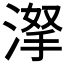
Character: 𣸏